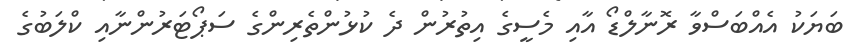
ބަޔަކު އެއްބަސްވާ ރޮނާލްޑޯ އާއި މެސީގެ އިތުރުން ދެ ކުޅުންތެރިންގެ ސަޕޯޓަރުންނާއި ކްލަބުގެ